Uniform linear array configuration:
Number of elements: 64
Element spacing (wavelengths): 1
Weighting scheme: blackman
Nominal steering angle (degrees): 30
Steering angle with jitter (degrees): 29.017
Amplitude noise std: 0.05
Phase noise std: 0.05

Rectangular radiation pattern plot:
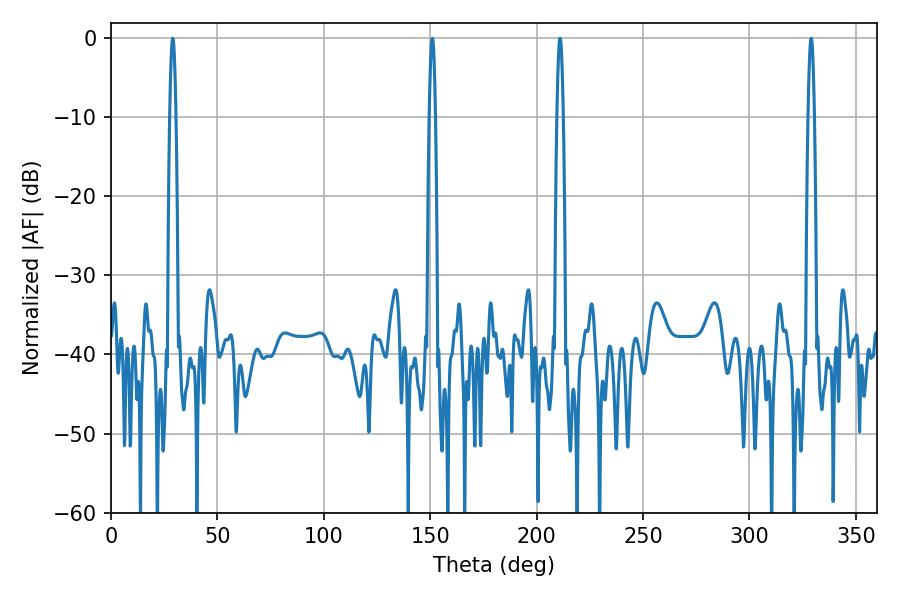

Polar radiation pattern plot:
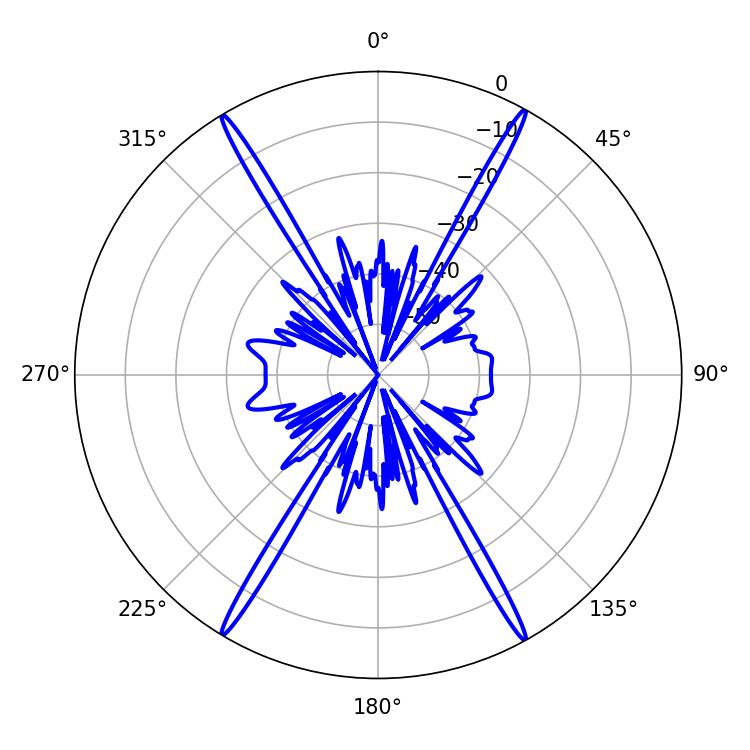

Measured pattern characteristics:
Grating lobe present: TRUE
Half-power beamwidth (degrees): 1.62
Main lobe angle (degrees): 210.96